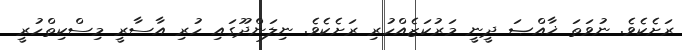
ރަށެކެވެ. ނުވަތަ ޚާއްޞަ ދީނީ މަރުކަޒެއްހުރި ރަށެކެވެ. ނިލަންދޫގައި ހުރި އާސާރީ މިސްކިތްހުރީ